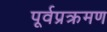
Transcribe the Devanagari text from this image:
पूर्वप्रक्रमण